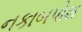
નકાબપોશ